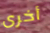
أخرى